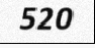
520